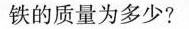
铁的质量为多少?